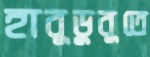
হাবুডুবুতে